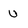
Character: U